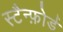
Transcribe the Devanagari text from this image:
स्टैन्फ़ोर्ड